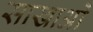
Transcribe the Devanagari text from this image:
साखाओं